system: You are a helpful assistant.
user:
Analyze the provided spectrum to determine if it is a **Carbon Star (C-type)**.

- **Key Visual Indicators of Carbon Star:**
    - **(Primary):** Strong molecular absorption from **C₂ (diatomic carbon) "Swan Bands."** This is the **defining feature** of a carbon star.
        - **(Key Bandheads):** Sharp absorption edges are visible at approximately $5635$ Å, $5165$ Å (the strongest band), and $4737$ Å.
        - **(Line Profile):** Creates a distinct **"saw-tooth"** pattern. The key morphology is a sharp, steep bandhead on the **red (long-wavelength) side**, which then gradually tapers off (i.e., flux recovers) towards the **blue (short-wavelength) side**. *(This is the direct opposite of the TiO bands seen in M-type stars)*.

    - **(Secondary):** Intense **CN (cyanogen)** molecular absorption bands.
        - **(Key Bandheads):** Located in the blue and violet regions of the spectrum (e.g., near $4215$ Å and $3883$ Å).
        - **(Morphology):** These bands are extremely broad and act as a "blanket," absorbing the vast majority of blue and violet light. This creates a characteristic **"cliff"** or **"steep drop-off"** in the spectrum's flux at short wavelengths.

    - **(Key Confirmation):** Strong **CH absorption band (G-band)**.
        - **(Key Bandhead):** Located around $4300$ Å. The contribution from CH molecules to this band is exceptionally strong.

    - **(Overall Spectrum):**
        - The continuum is severely "chopped up" by these deep molecular bands, especially C₂, rather than appearing as a smooth curve.
        - Due to the heavy CN and C₂ absorption in the blue-green, the vast majority of the star's flux is concentrated in the red part of the spectrum, giving the star its characteristic deep red color.

Think first, call **spectral_visualization_tool** if needed to examine features in detail, then provide your final answer. Your response must adhere to the following strict rules:
1.  **Overall Structure:** Your response must follow the format `<think>...</think> <tool_call>...</tool_call> (if a tool is used) <answer>...</answer>`.
2.  **Tool Usage Constraint:** You may only make **one** tool call per turn.
3.  **Final Answer Format:** In the `<answer>` tag, your conclusion must be inside a `\boxed{}` command (e.g., `\boxed{YES}`), followed by your justification.

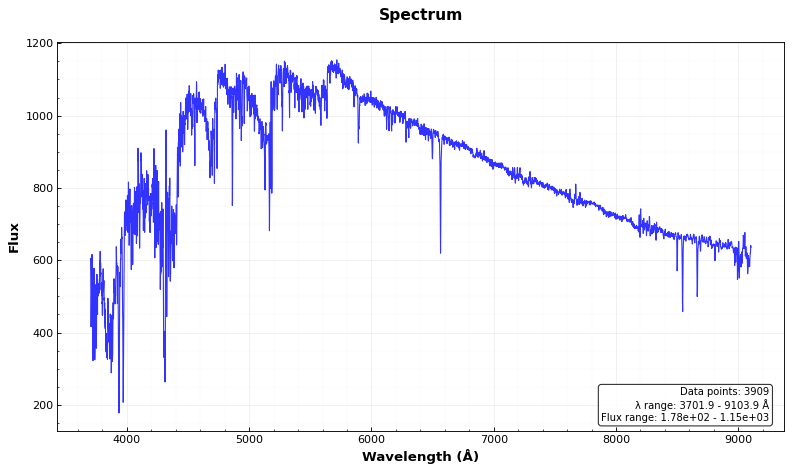
Answer: YES